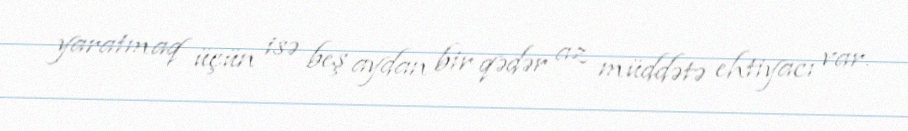
yaratmaq üçün isə beş aydan bir qədər az müddətə ehtiyacı var.